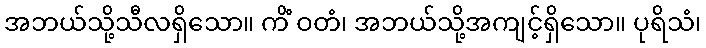
အဘယ်သို့သီလရှိသော။ ကိံ ဝတံ၊ အဘယ်သို့အကျင့်ရှိသော။ ပုရိသံ၊